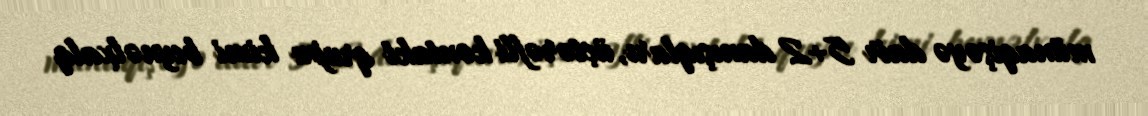
münaqişəyə dair 5+2 danışıqları, üçtərəfli kontakt qrupu kimi beynəlxalq